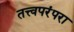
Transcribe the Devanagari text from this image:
तत्त्वपरंपरा